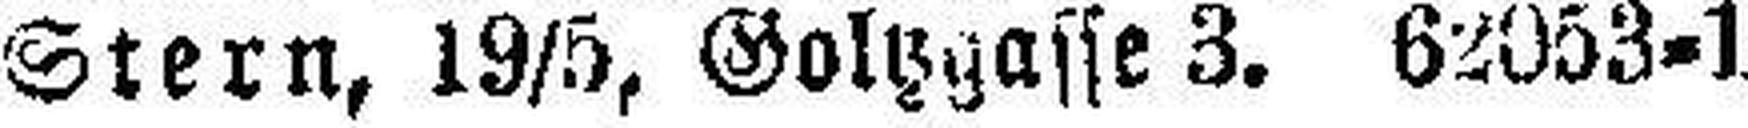
Stern, 19/5, Goltzgasse 3. 62053-1